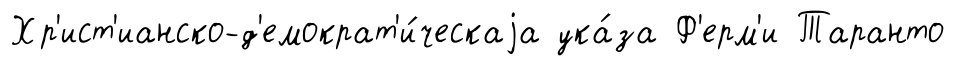
Хр'ист'ианско-д'емократ'и́ческаjа ука́за Ф'ерм'и Таранто